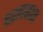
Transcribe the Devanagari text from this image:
बराचकाळ